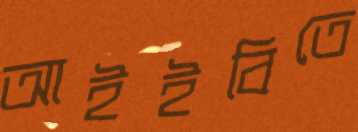
আইইবিতে